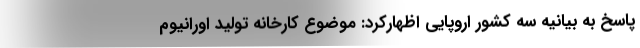
پاسخ به بیانیه سه کشور اروپایی اظهارکرد: موضوع کارخانه تولید اورانیوم